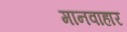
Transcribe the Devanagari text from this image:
मानवाहार